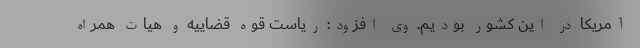
آمریکا در این کشور بودیم. وی افزود: ریاست قوه قضاییه و هیات همراه